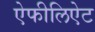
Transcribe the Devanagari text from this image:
ऐफीलिऐट